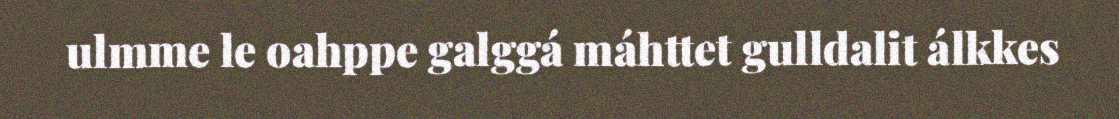
ulmme le oahppe galggá máhttet gulldalit álkkes